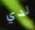
لدي